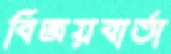
বিজয়বার্তা